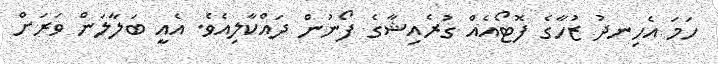
ހަމަ އެހިނދު ޒުހާގެ ފޮޓޯއެއް ގުރެއިޝާގެ ފޯނުން ދައްކާލިއެވެ. އެއީ ބަލާލަން ވަރަށް